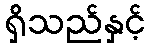
ရှိသည်နှင့်